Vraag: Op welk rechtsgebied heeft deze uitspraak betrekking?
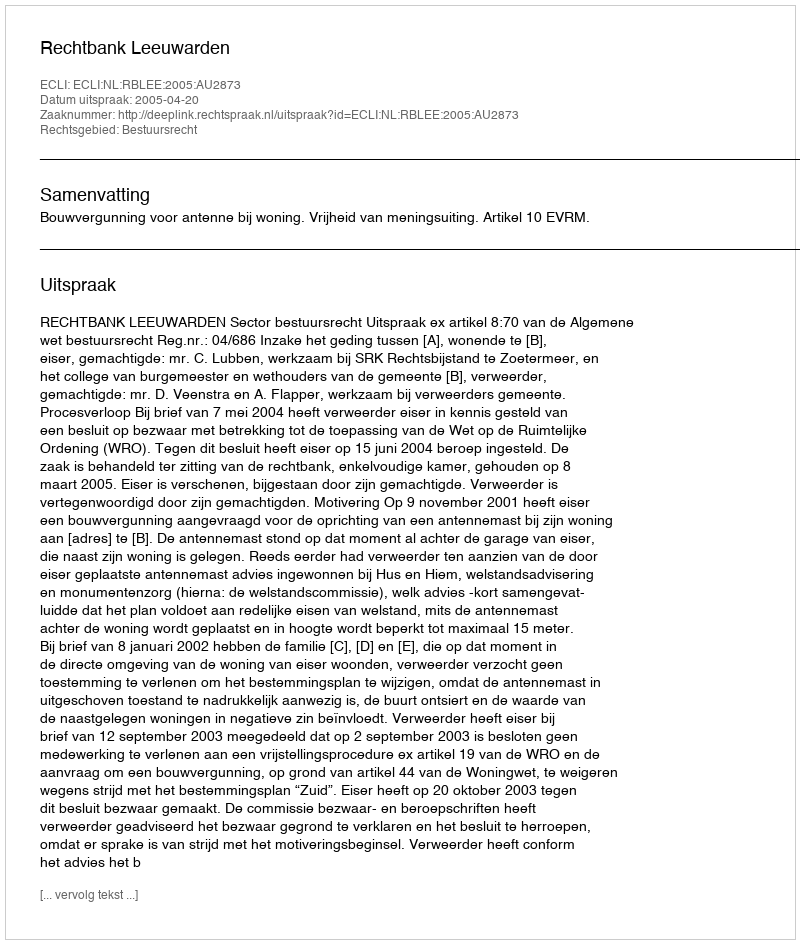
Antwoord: Bestuursrecht